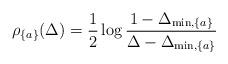
LaTeX: \begin{align*} \rho_{\{a\}}(\Delta) = \frac{1}{2} \log \frac{ 1 - \Delta_{\min, \{a\} } }{\Delta - \Delta_{\min, \{a\} } }\end{align*}